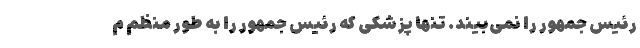
رئیس جمهور را نمی‌بیند. تنها پزشکی که رئیس جمهور را به طور منظم م